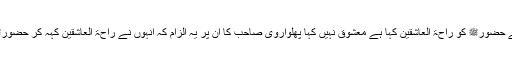
٭ صاحب درودتاج نے حضورﷺ کو راحۃ العاشقین کہا ہے معشوق نہیں کہا پھلواروی صاحب کا ان پر یہ الزام کہ انہوں نے راحۃ العاشقین کہہ کر حضورﷺ کو معشوق کہہ دیا۔